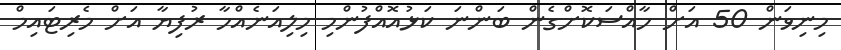
މިނިވަން 50 އަށް ހާއްސަކޮށްގެން ބަންނަ ކަޅުއޮއްފުންމި މިލިއަނެއްހާ ރުފިޔާ އަށް މެރިޓައިމް